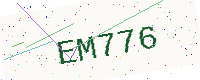
Text: EM776